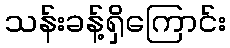
သန်းခန့်ရှိကြောင်း